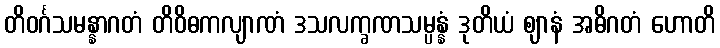
တိဝင်္ဂသမန္နာဂတံ တိဝိဓကလျာဏံ ဒသလက္ခဏသမ္ပန္နံ ဒုတိယံ ဈာနံ အဓိဂတံ ဟောတိ